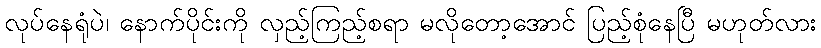
လုပ်နေရုံပဲ၊ နောက်ပိုင်းကို လှည့်ကြည့်စရာ မလိုတော့အောင် ပြည့်စုံနေပြီ မဟုတ်လား